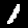
Digit: 1